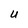
Character: U